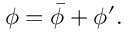
\phi = { \bar { \phi } } + \phi ^ { \prime } .